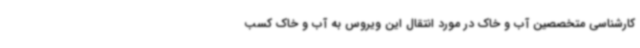
کارشناسی متخصصین آب و خاک در مورد انتقال این ویروس به آب و خاک کسب